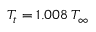
T _ { t } = 1 . 0 0 8 \: T _ { \infty }